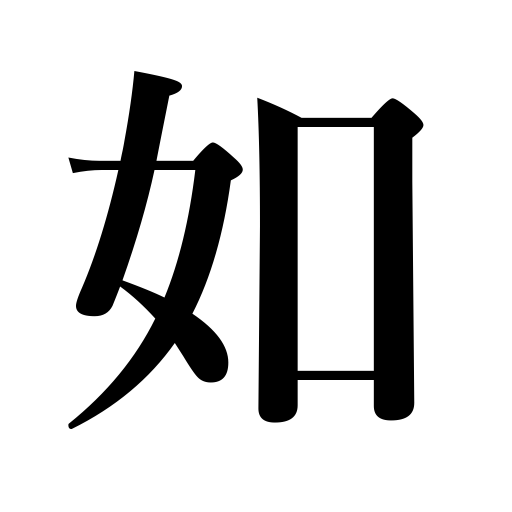
Meanings: such as,like,as if